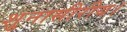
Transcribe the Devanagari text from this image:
शुनासीरीय।